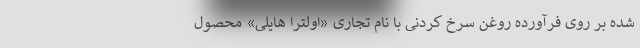
شده بر روی فرآورده روغن سرخ کردنی با نام تجاری «اولترا هایلی» محصول